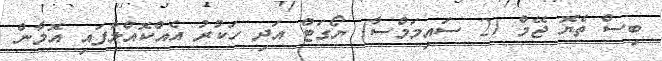
ބިސް ތެޔޮ ޖޭމް (2 ސައިމަމްސާ) ޔޯގަޓް އަދި ހަކުރު އެއްކޮއްލާފައި އޮމާން